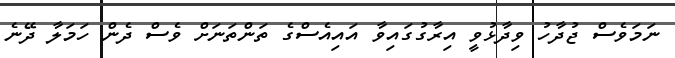
ނަމަވެސް ޖުދާހު ވިދާޅުވީ އިރާގުގައިވާ އައިއެސްގެ ތަންތަނަށް ވެސް ދެން ހަމަލާ ދޭނެ